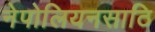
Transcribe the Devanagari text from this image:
नेपोलियनसाठि